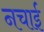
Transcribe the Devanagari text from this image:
नचाई